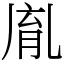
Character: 𦚯